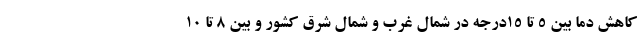
کاهش دما بین ۵ تا ۱۵درجه در شمال غرب و شمال شرق کشور و بین ۸ تا ۱۰